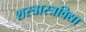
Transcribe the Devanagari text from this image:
शस्त्रास्त्रविद्या